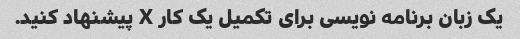
یک زبان برنامه نویسی برای تکمیل یک کار X پیشنهاد کنید.